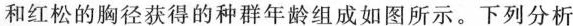
和红松的胸径获得的种群年龄组成如图所示。下列分析